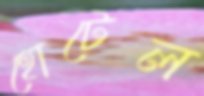
হোটেল